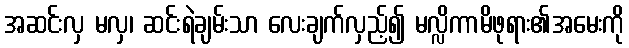
အဆင်းလှ မလှ၊ ဆင်းရဲချမ်းသာ လေးချက်လှည့်၍ မလ္လိကာမိဖုရား၏အမေးကို